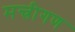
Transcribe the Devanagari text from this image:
मन्त्रीगण